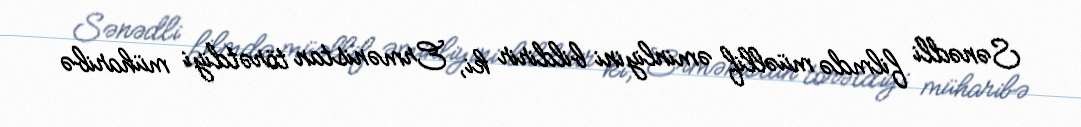
Sənədli filmdə müəllif əminliyini bildirir ki, Ermənistan törətdiyi müharibə